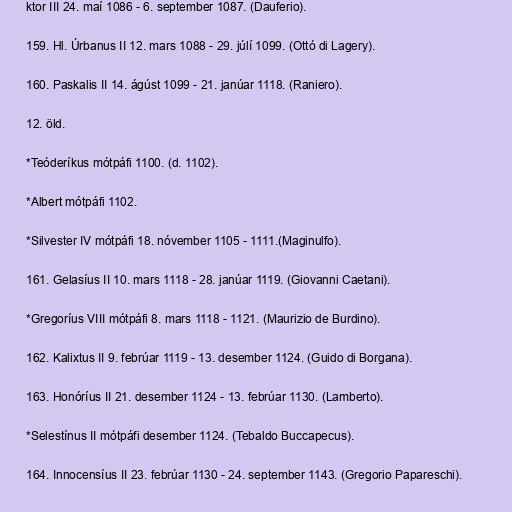
ktor III 24. maí 1086 - 6. september 1087. (Dauferio).

159. Hl. Úrbanus II 12. mars 1088 - 29. júlí 1099. (Ottó di Lagery).

160. Paskalis II 14. ágúst 1099 - 21. janúar 1118. (Raniero).

12. öld.

*Teóderíkus mótpáfi 1100. (d. 1102).

*Albert mótpáfi 1102.

*Silvester IV mótpáfi 18. nóvember 1105 - 1111.(Maginulfo).

161. Gelasíus II 10. mars 1118 - 28. janúar 1119. (Giovanni Caetani).

*Gregoríus VIII mótpáfi 8. mars 1118 - 1121. (Maurizio de Burdino).

162. Kalixtus II 9. febrúar 1119 - 13. desember 1124. (Guido di Borgana).

163. Honóríus II 21. desember 1124 - 13. febrúar 1130. (Lamberto).

*Selestínus II mótpáfi desember 1124. (Tebaldo Buccapecus).

164. Innocensíus II 23. febrúar 1130 - 24. september 1143. (Gregorio Papareschi).